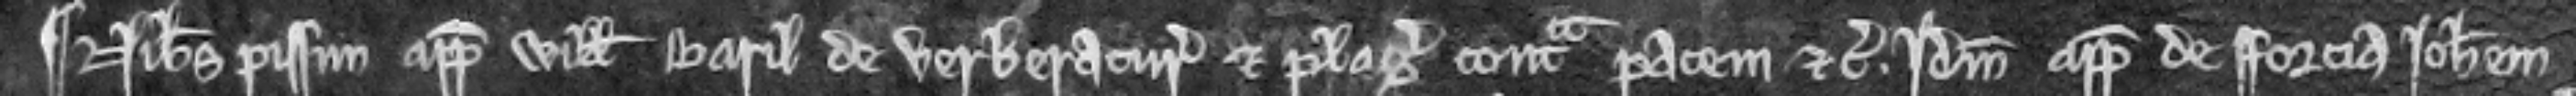
¶ Nicholaus Pissun appellat Willelmum Baril de verberatura et plagis contra pacem etc. Idem appellat de forcia Johannem